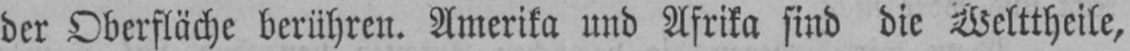
der Oberfläche berühren. Amerika und Afrika sind die Welttheile,